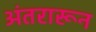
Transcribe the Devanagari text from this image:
अंतरारून